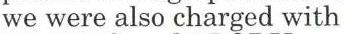
we were also charged with